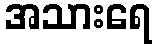
အသားရေ